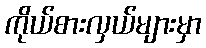
ကိုယ်စားလှယ်များမှာ